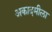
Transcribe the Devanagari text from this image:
अकादमीला